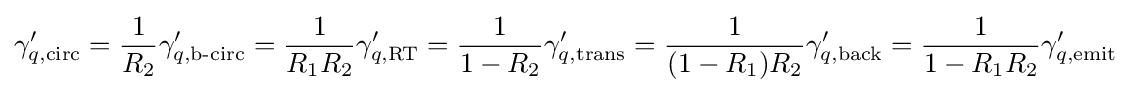
\gamma _{q,{\rm {circ}}}^{\prime }={\frac {1}{R_{2}}}\gamma _{q,{\text{b-circ}}}^{\prime }={\frac {1}{R_{1}R_{2}}}\gamma _{q,{\rm {RT}}}^{\prime }={\frac {1}{1-R_{2}}}\gamma _{q,{\rm {trans}}}^{\prime }={\frac {1}{(1-R_{1})R_{2}}}\gamma _{q,{\rm {back}}}^{\prime }={\frac {1}{1-R_{1}R_{2}}}\gamma _{q,{\rm {emit}}}^{\prime }